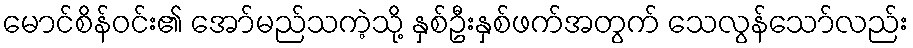
မောင်စိန်ဝင်း၏ အော်မည်သကဲ့သို့ နှစ်ဦးနှစ်ဖက်အတွက် သေလွန်သော်လည်း